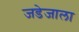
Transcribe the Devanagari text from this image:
जडेजाला